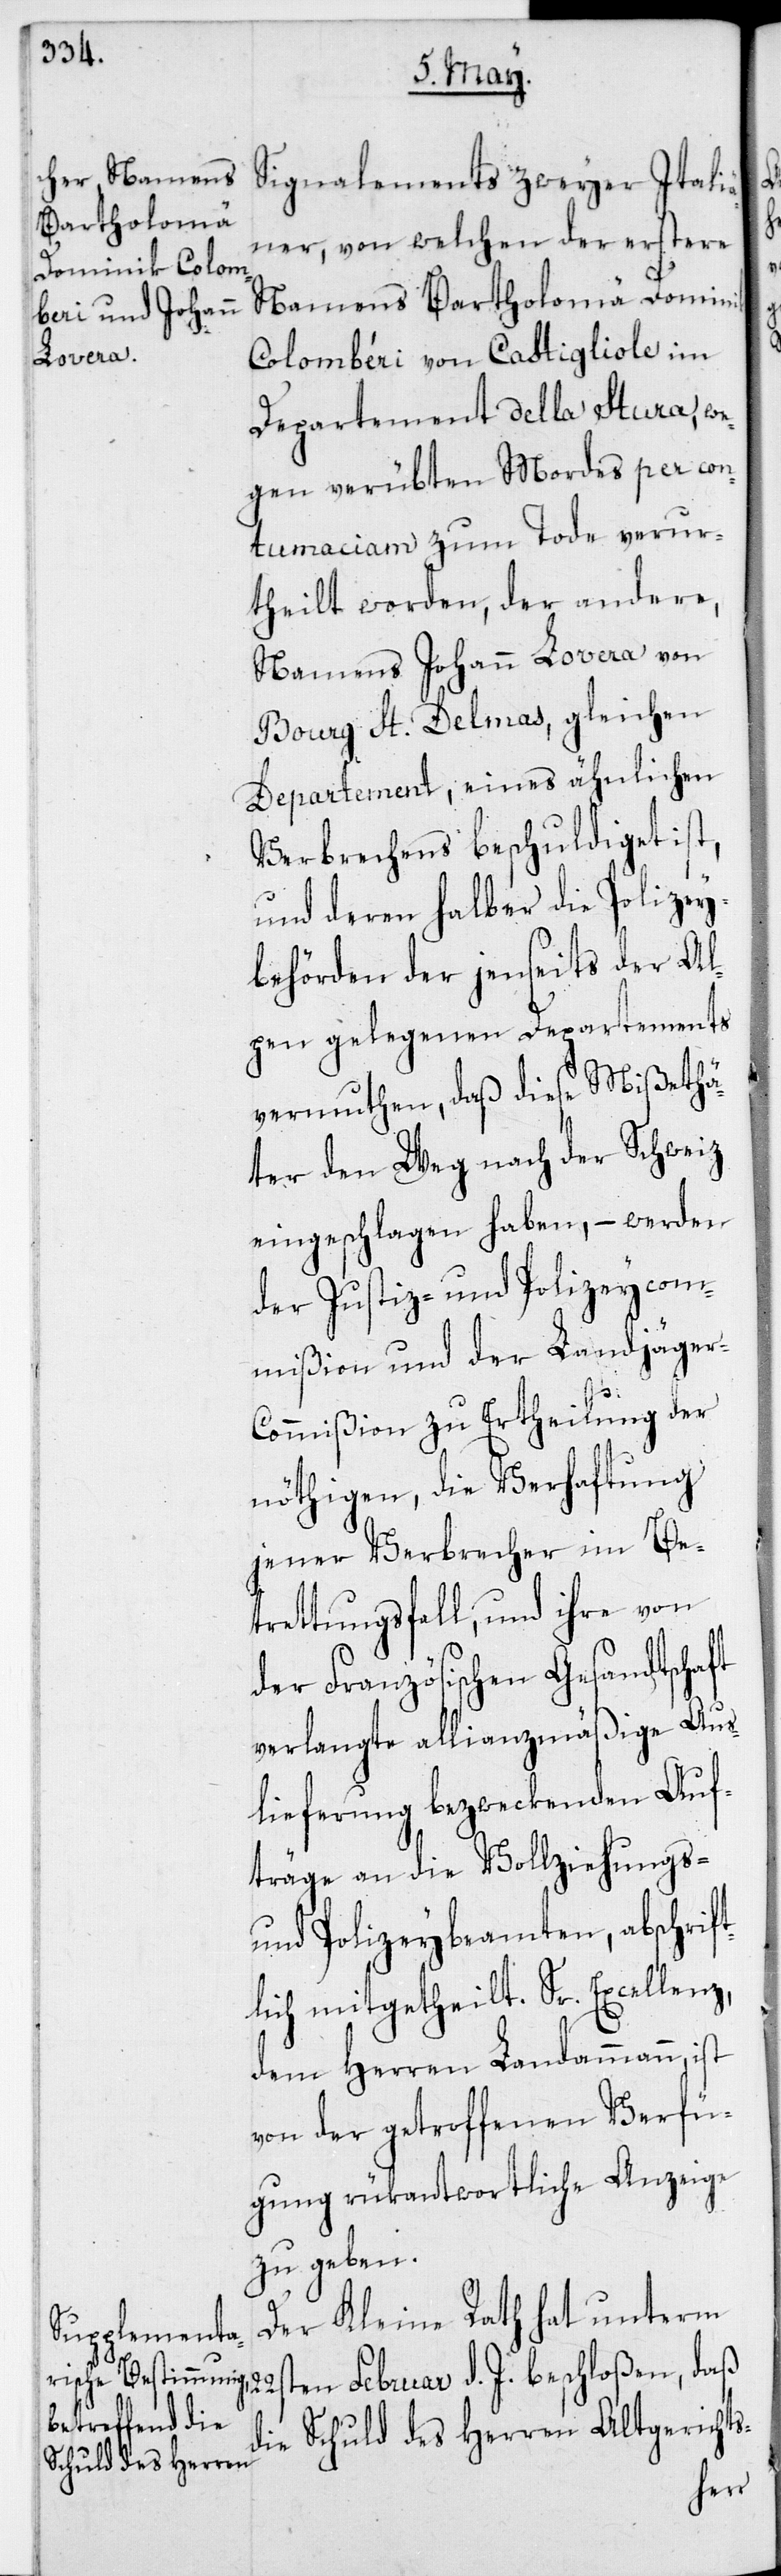
Signalements zweyer Itali¬
ener, von welchen der erstere
Namens Bartholomä Dominik
Colombéri von Castigliole im
Departement della Stura, we¬
gen verübten Mordes per con¬
tumaciam zum Tode verur¬
theilt worden, der andere,
Namens Johann Lovera von
Bourg St. Delmas, gleichen
Departement, eines ähnlichen
Verbrechens beschuldigt ist,
und deren halber die Polizey¬
behörden der jenseits der Al¬
pen gelegenen Departements
vermuthen, daß diese Mißethä¬
ter den Weg nach der Schweiz
eingeschlagen haben, – werden
der Justiz- und Polizeycom¬
mißion und der Landjäger-C¬
ommißion zu Ertheilung der
nöthigen, die Verhaftung
jener Verbrecher im Be¬
trettungsfall, und ihre von
der Französischen Gesandtschaft
verlangte allianzmäßige Aus¬
lieferung bezweckenden Auf¬
träge an die Vollziehungs-
und Polizeybeamten, abschrif¬
tlich mitgetheilt. Sr. Excellenz
dem Herren Landammann ist
von der getroffenen Verfü¬
gung rükantwortliche Anzeige
zu geben.
Der Kleine Rath hat unterm
22sten Februar d. J. beschloßen, daß
die Schuld des Herren Altgerichts-